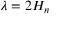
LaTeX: \lambda = 2 H _ { n }